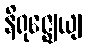
နိရုဇ္ဈေယျ